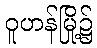
ဝူဟန်မြို့၌